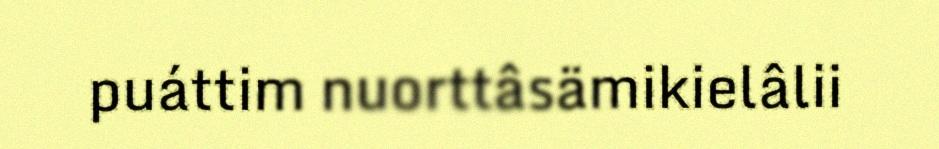
puáttim nuorttâsämikielâlii